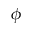
\phi